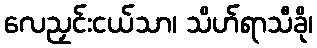
လေညှင်းငယ်သာ၊ သိဟ်ရာသီခို၊